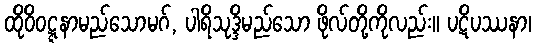
ထိုဝိဝဋ္ဋနာမည်သောမဂ်, ပါရိသုဒ္ဒိမည်သော ဖိုလ်တို့ကိုလည်း။ ပဋိပဿနာ၊